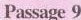
Passage 9